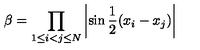
\beta = \prod _ { 1 \leq i < j \leq N } \left| \sin \frac { 1 } { 2 } ( x _ { i } - x _ { j } ) \right|